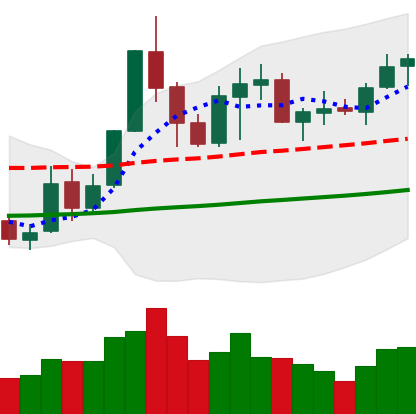
Ticker: NEO-USD
Chart end date: 2019-05-28
Forward return: 11.815%
Label: up_7plus